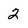
Character: 2